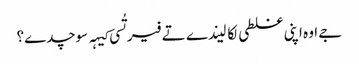
‏ جے اوہ اپنی غلطی لکا لیندے تے فیر تُسی کیہہ سوچدے؟